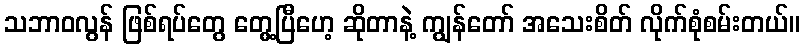
သဘာဝလွန် ဖြစ်ရပ်တွေ တွေ့ပြီဟေ့ ဆိုတာနဲ့ ကျွန်တော် အသေးစိတ် လိုက်စုံစမ်းတယ်။